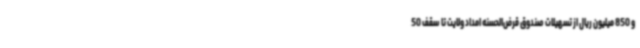
و 850 میلیون ریال از تسهیلات صندوق قرض‌الحسنه امداد ولایت تا سقف 50